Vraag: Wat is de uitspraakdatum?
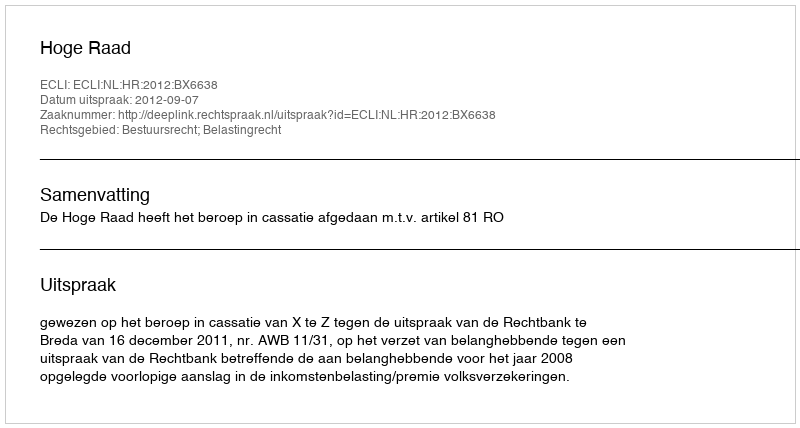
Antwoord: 2012-09-07